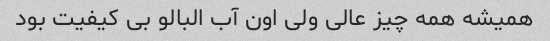
همیشه همه چیز عالی ولی اون آب البالو بی کیفیت بود